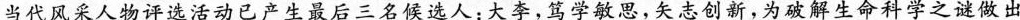
当代风采人物评选活动已产生最后三名候选人：大李，笃学敏思，矢志创新，为破解生命科学之谜做出